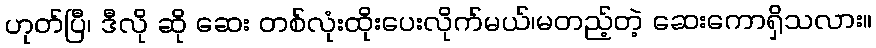
ဟုတ်ပြီ၊ ဒီလို ဆို ဆေး တစ်လုံးထိုးပေးလိုက်မယ်၊မတည့်တဲ့ ဆေးကောရှိသလား။